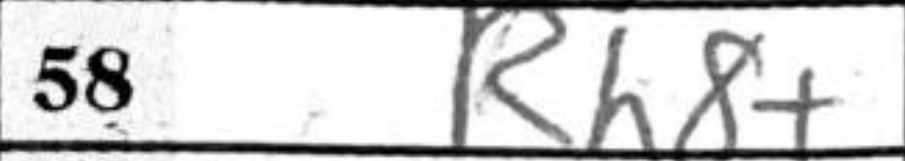
Transcription: Rh8+